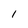
Character: l